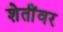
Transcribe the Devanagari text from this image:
शेतींवर